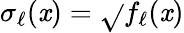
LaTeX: \sigma_{\ell}(\mathit{x})=\sqrt{}{{f_{\ell}(\mathit{x})}}